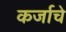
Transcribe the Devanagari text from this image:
कर्जाचे